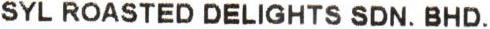
SYL ROASTED DELIGHTS SDN. BHD.